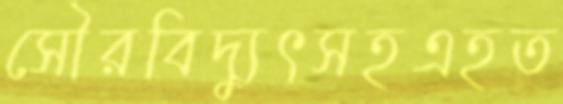
সৌরবিদ্যুৎসহএহত